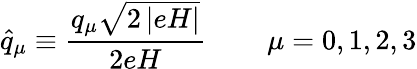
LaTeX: \widehat{q}_{\mu}\equiv\frac{q_{\mu}\sqrt{2\left|eH\right|}}{2eH}\, \qquad\mu=0,1,2,3